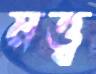
মত্ত্ব